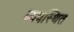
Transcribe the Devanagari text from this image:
व्‍यवस्‍िथत